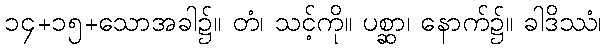
၁၄+၁၅+သောအခါ၌။ တံ၊ သင့်ကို။ ပစ္ဆာ၊ နောက်၌။ ခါဒိဿံ၊